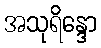
အသုရိန္ဒော